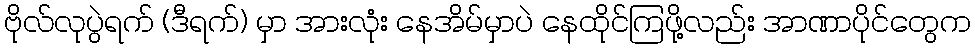
ဗိုလ်လုပွဲရက် (ဒီရက်) မှာ အားလုံး နေအိမ်မှာပဲ နေထိုင်ကြဖို့လည်း အာဏာပိုင်တွေက